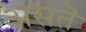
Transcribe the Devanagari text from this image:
असतॆ